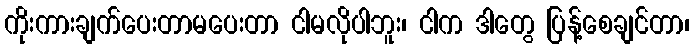
ကိုးကားချက်ပေးတာမပေးတာ ငါမလိုပါဘူး၊ ငါက ဒါတွေ ပြန့်စေချင်တာ၊